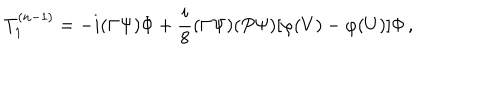
T _ { 1 } ^ { ( n - 1 ) } = - i ( \Gamma \Psi ) \Phi + \frac { i } { 8 } ( \Gamma \Psi ) ( P \Psi ) [ \varphi ( V ) - \varphi ( U ) ] \Phi \, ,